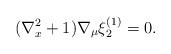
LaTeX: \begin{align*}(\nabla^{2}_x + 1 ) \nabla_{\mu} \xi^{(1)}_2 = 0.\end{align*}